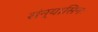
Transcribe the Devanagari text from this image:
संन्यासिनः